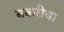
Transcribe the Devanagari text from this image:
बकरीचा